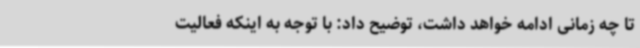
تا چه زمانی ادامه خواهد داشت، توضیح داد: با توجه به اینکه فعالیت